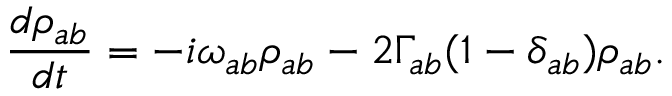
\frac { d \rho _ { a b } } { d t } = - i \omega _ { a b } \rho _ { a b } - 2 \Gamma _ { a b } ( 1 - \delta _ { a b } ) \rho _ { a b } .